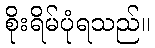
စိုးရိမ်ပုံရသည်။